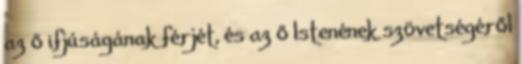
az ő ifjúságának férjét, és az ő Istenének szövetségéről